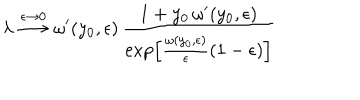
\lambda \stackrel { \epsilon \to 0 } { \longrightarrow } \omega ^ { \prime } ( y _ { 0 } , \epsilon ) \, { \frac { 1 + y _ { 0 } \, \omega ^ { \prime } ( y _ { 0 } , \epsilon ) } { \exp \left[ { \frac { \omega ( y _ { 0 } , \epsilon ) } { \epsilon } } ( 1 - \epsilon ) \right] } }